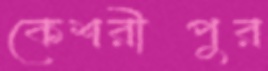
কেশরীপুর